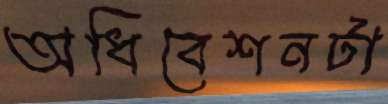
অধিবেশনটা